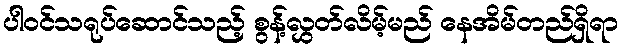
ပါဝင်သရုပ်ဆောင်သည့် စွန့်လွှတ်လိမ့်မည် နေအိမ်တည်ရှိရာ